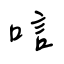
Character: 唁